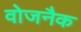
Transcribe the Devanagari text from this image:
वोजनैक